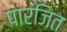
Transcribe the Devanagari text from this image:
पारजित